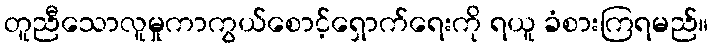
တူညီသောလူမှုကာကွယ်စောင့်ရှောက်ရေးကို ရယူ ခံစားကြရမည်။